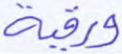
ورقية